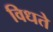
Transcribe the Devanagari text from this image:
विधते